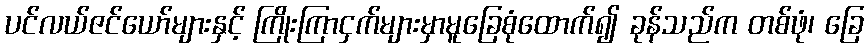
ပင်လယ်ဇင်ယော်များနှင့် ကြိုးကြာငှက်များမှာမူခြေစုံထောက်၍ ခုန်သည်က တစ်ဖုံ၊ ခြေ